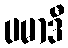
ပမာဒီ